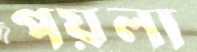
পয়লা